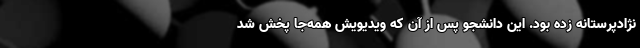
نژادپرستانه زده بود. این دانشجو پس از آن که ویدیویش همه‌جا پخش شد